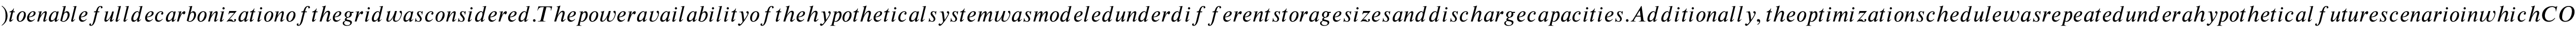
) t o e n a b l e f u l l d e c a r b o n i z a t i o n o f t h e g r i d w a s c o n s i d e r e d . T h e p o w e r a v a i l a b i l i t y o f t h e h y p o t h e t i c a l s y s t e m w a s m o d e l e d u n d e r d i f f e r e n t s t o r a g e s i z e s a n d d i s c h a r g e c a p a c i t i e s . A d d i t i o n a l l y , t h e o p t i m i z a t i o n s c h e d u l e w a s r e p e a t e d u n d e r a h y p o t h e t i c a l f u t u r e s c e n a r i o i n w h i c h C O